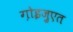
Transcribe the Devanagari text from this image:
ग़ोइज़ुएत